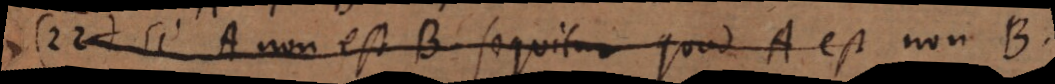
A. Si A non est B sequitur quod A est non B.